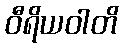
ဝီရိယဝါတိ